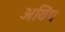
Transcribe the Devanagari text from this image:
अविंग